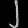
Digit: ၂